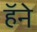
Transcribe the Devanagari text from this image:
हॅने